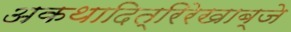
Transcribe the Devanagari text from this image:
अकथादित्रिरेखाब्जे